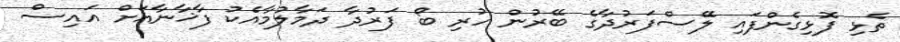
ތެޅި ފޮޅިގެންފައި ލޭސްފަރުދާގެ ބޭރުން ހުރި ބޯ ފަރުދާ ދަމާލުމާއެކު ފާޚާނާއަށް އައިސް